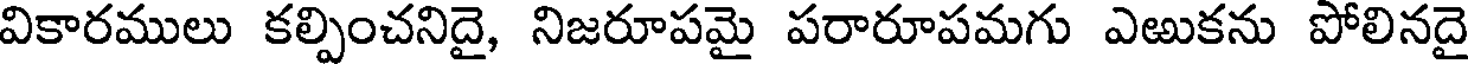
వికారములు కల్పించనిదై, నిజరూపమై పరారూపమగు ఎఱుకను పోలినదై